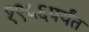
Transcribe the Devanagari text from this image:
१९५६पर्यंत